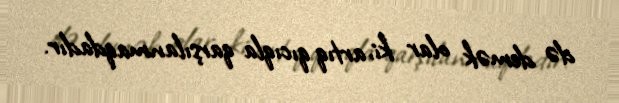
də demək olar ki, artıq qıcıqla qarşılanmaqdadır.